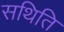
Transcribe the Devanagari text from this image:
सथिति